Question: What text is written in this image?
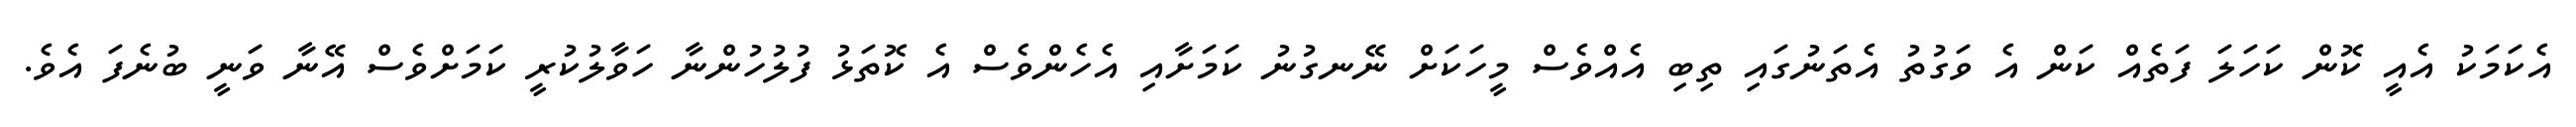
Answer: އެކަމަކު އެއީ ކޮން ކަހަލަ ފަތެއް ކަން އެ ވަގުތު އެތަނުގައި ތިބި އެއްވެސް މީހަކަށް ނޭނގުނު ކަމަށާއި އެހެންވެސް އެ ކޮތަޅު ފުލުހުންނާ ހަވާލުކުރީ ކަމަށްވެސް އޭނާ ވަނީ ބުނެފަ އެވެ.